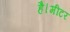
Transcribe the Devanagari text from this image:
है।मीटर